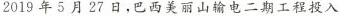
2019年5月27日，巴西美丽山输电二期工程投入